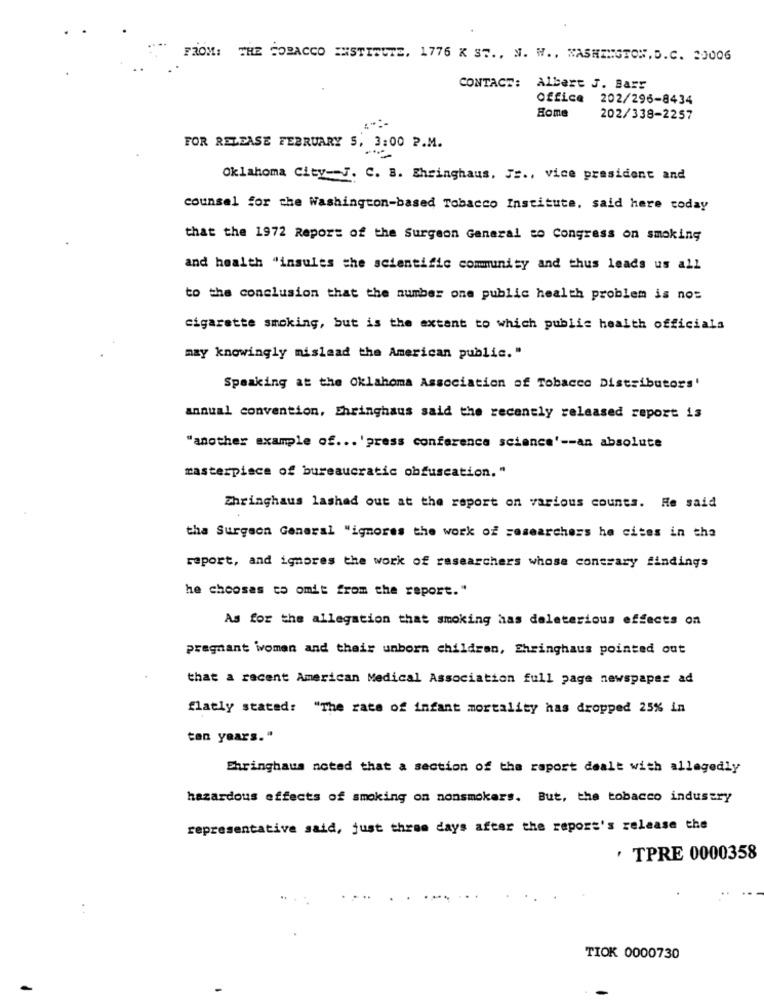
FROM: THE COPACCO INSTITUTE, 1776 K ST ., N. W ., WASHINGTON, D.C. 20006
CONTACT: Albert J. Barr
Office 202/296-8434
Home
202/338-2257
FOR RELEASE FEBRUARY 5, 3:00 P.M.
Oklahoma City-J. C. B. Shringhaus. Js ., vice president and
counsel for the Washington-based Tobacco Institute, said here today
that the 1972 Report of the Surgeon General to Congress on smoking
and health "insules the scientific community and thus leads us all
to the conclusion that the number one public health problem is nos
cigarette smoking, but is the extent to which public health officials
may knowingly mislead the American public."
Speaking at the Oklahoma Association of Tobacco Distributors'
annual convention, Ehringhaus said the recently released report is
"another example of ... 'press conference science' -- an absolute
masterpiece of bureaucratic obfuscation. "
Zhringhaus lashed out at the report on various counts. He said
tha Surgeon General "ignores the work of researchers he cites in the
report, and ignores the work of researchers whose contrary findings
he chooses to omit from the report."
As for the allegation that smoking has deleterious effects on
pregnant women and their unborn children, Shringhaus pointed out
that a recent American Medical Association full page newspaper ad
flatly stated: "The rate of infant mortality has dropped 25% in
ten years."
Ehringhaus noted that a section of the raport dealt with allegedly
hazardous effects of smoking on nonsmokers. But, the tobacco industry
representative said, just three days after the report's release the
' TPRE 0000358
TIOK 0000730